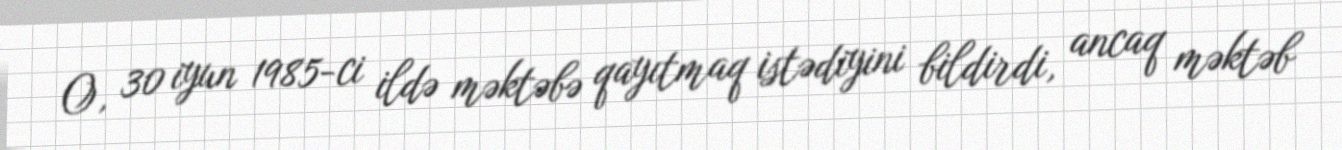
O, 30 iyun 1985-ci ildə məktəbə qayıtmaq istədiyini bildirdi, ancaq məktəb